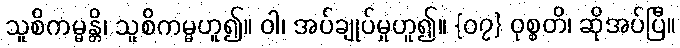
သူစိကမ္မန္တိ၊ သူစိကမ္မဟူ၍။ ဝါ၊ အပ်ချုပ်မှုဟူ၍။ {၀၇} ဝုစ္စတိ၊ ဆိုအပ်ပြီ။